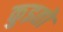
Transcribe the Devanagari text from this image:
कुइतो